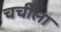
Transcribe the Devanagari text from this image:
चर्चीला